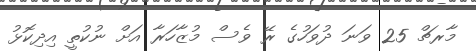
މާރޗް 25 ވަނަ ދުވަހުގެ ރޭ ވެސް މުޒާހަރާ އަށް ނުކުތީ އިދިކޮޅު